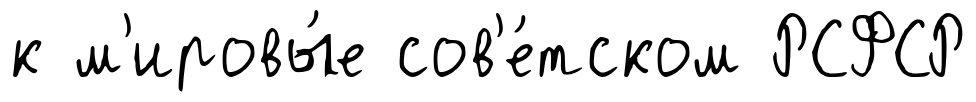
к м'ировы́е сов'е́тском РСФСР